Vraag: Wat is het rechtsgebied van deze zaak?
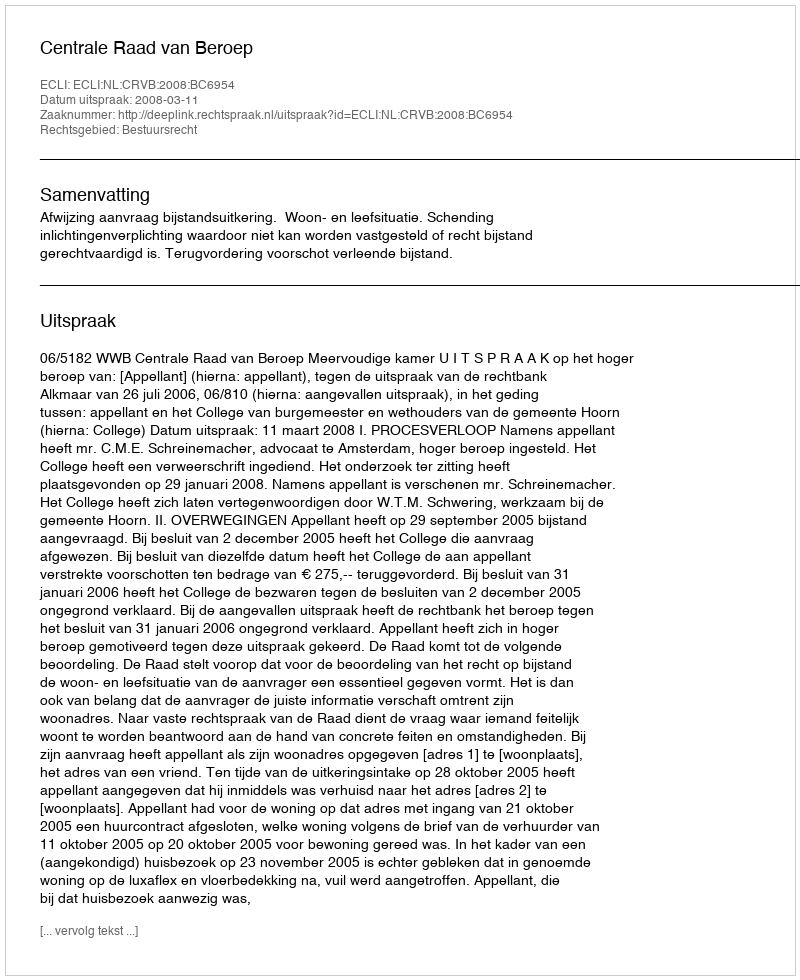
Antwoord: Bestuursrecht